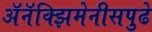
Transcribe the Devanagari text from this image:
अॅनॅक्झिमेनीसपुढे